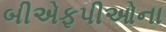
બીએફપીઓના